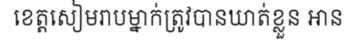
ខេត្តសៀមរាបម្នាក់ត្រូវបានឃាត់ខ្លួន អាន